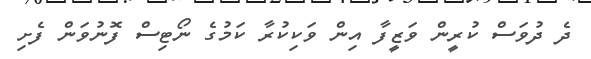
ދެ ދުވަސް ކުރީން ވަޒީފާ އިން ވަކިކުރާ ކަމުގެ ނޯޓިސް ފޮނުވަން ފެށި